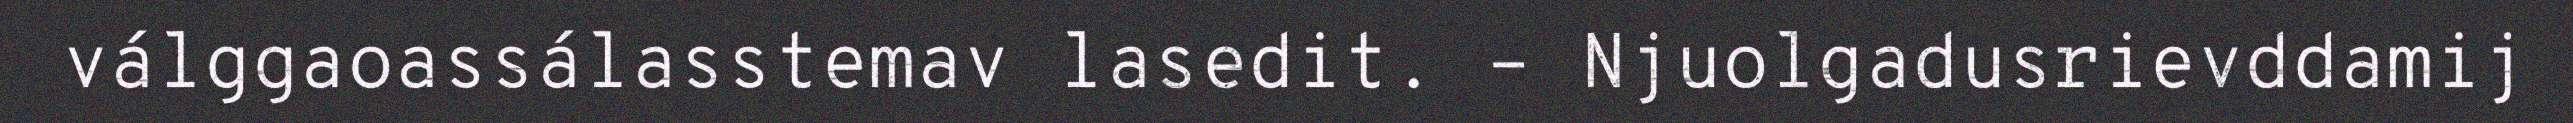
válggaoassálasstemav lasedit. – Njuolgadusrievddamij